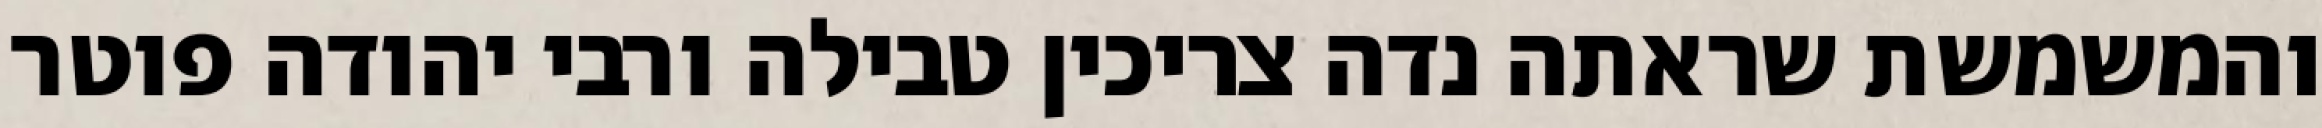
והמשמשת שראתה נדה צריכין טבילה ורבי יהודה פוטר